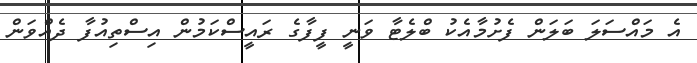
އެ މައްސަލަ ބަލަން ފެށުމާއެކު ބްލެޓާ ވަނީ ފީފާގެ ރައީސްކަމުން އިސްތިއުފާ ދެއްވަން